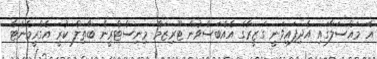
އެ މައްސަލާގައި އެދިފައިވަނީ ގަޒީރާގެ އެއްބަސްވުން ޓޫރިޒަމް މިނިސްޓްރީން ބާތިލް ކުރީ އެގްރީމެންޓާ